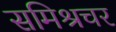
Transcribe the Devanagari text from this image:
समिश्रचर